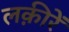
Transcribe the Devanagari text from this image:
लक़ीरें